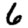
Digit: 6